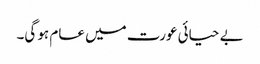
بے حیائی عورت میں عام ہو گی۔